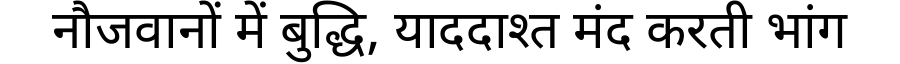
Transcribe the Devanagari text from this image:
नौजवानों में बुद्धि, याददाश्त मंद करती भांग